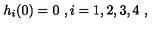
h _ { i } ( 0 ) = 0 \ , i = 1 , 2 , 3 , 4 \ , \nonumber